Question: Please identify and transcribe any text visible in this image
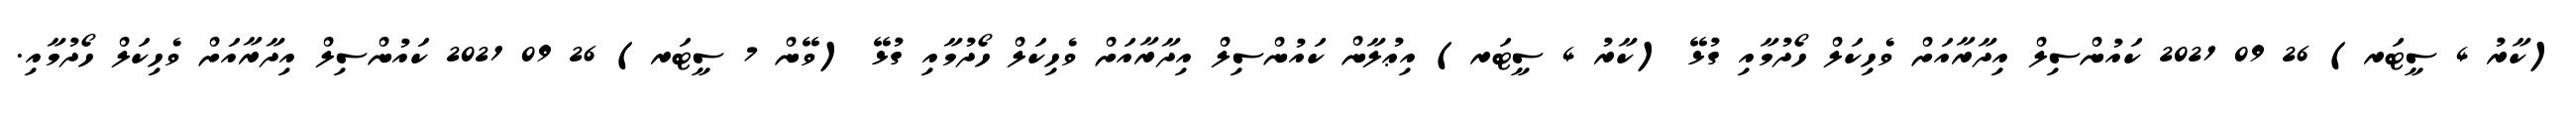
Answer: (ކާރު 4 ސީޓަރ) 26 09 2021 ކައުންސިލް އިދާރާއަށް ވެހިކަލް ހޯދުމާއި ގުޅޭ (ކާރު 4 ސީޓަރ) އިޢުލާން ކައުންސިލް އިދާރާއަށް ވެހިކަލް ހޯދުމާއި ގުޅޭ (ވޭން 7 ސީޓަރ) 26 09 2021 ކައުންސިލް އިދާރާއަށް ވެހިކަލް ހޯދުމާއި.